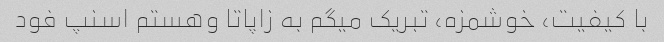
با کیفیت، خوشمزه، تبریک میگم به زاپاتا وهستم اسنپ فود